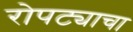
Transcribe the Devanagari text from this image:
रोपट्याचा